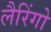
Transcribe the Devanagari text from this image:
लैरिंगो